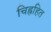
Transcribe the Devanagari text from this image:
चिह्नहित